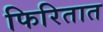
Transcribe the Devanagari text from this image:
फिरितात